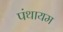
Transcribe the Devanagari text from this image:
पंथायम